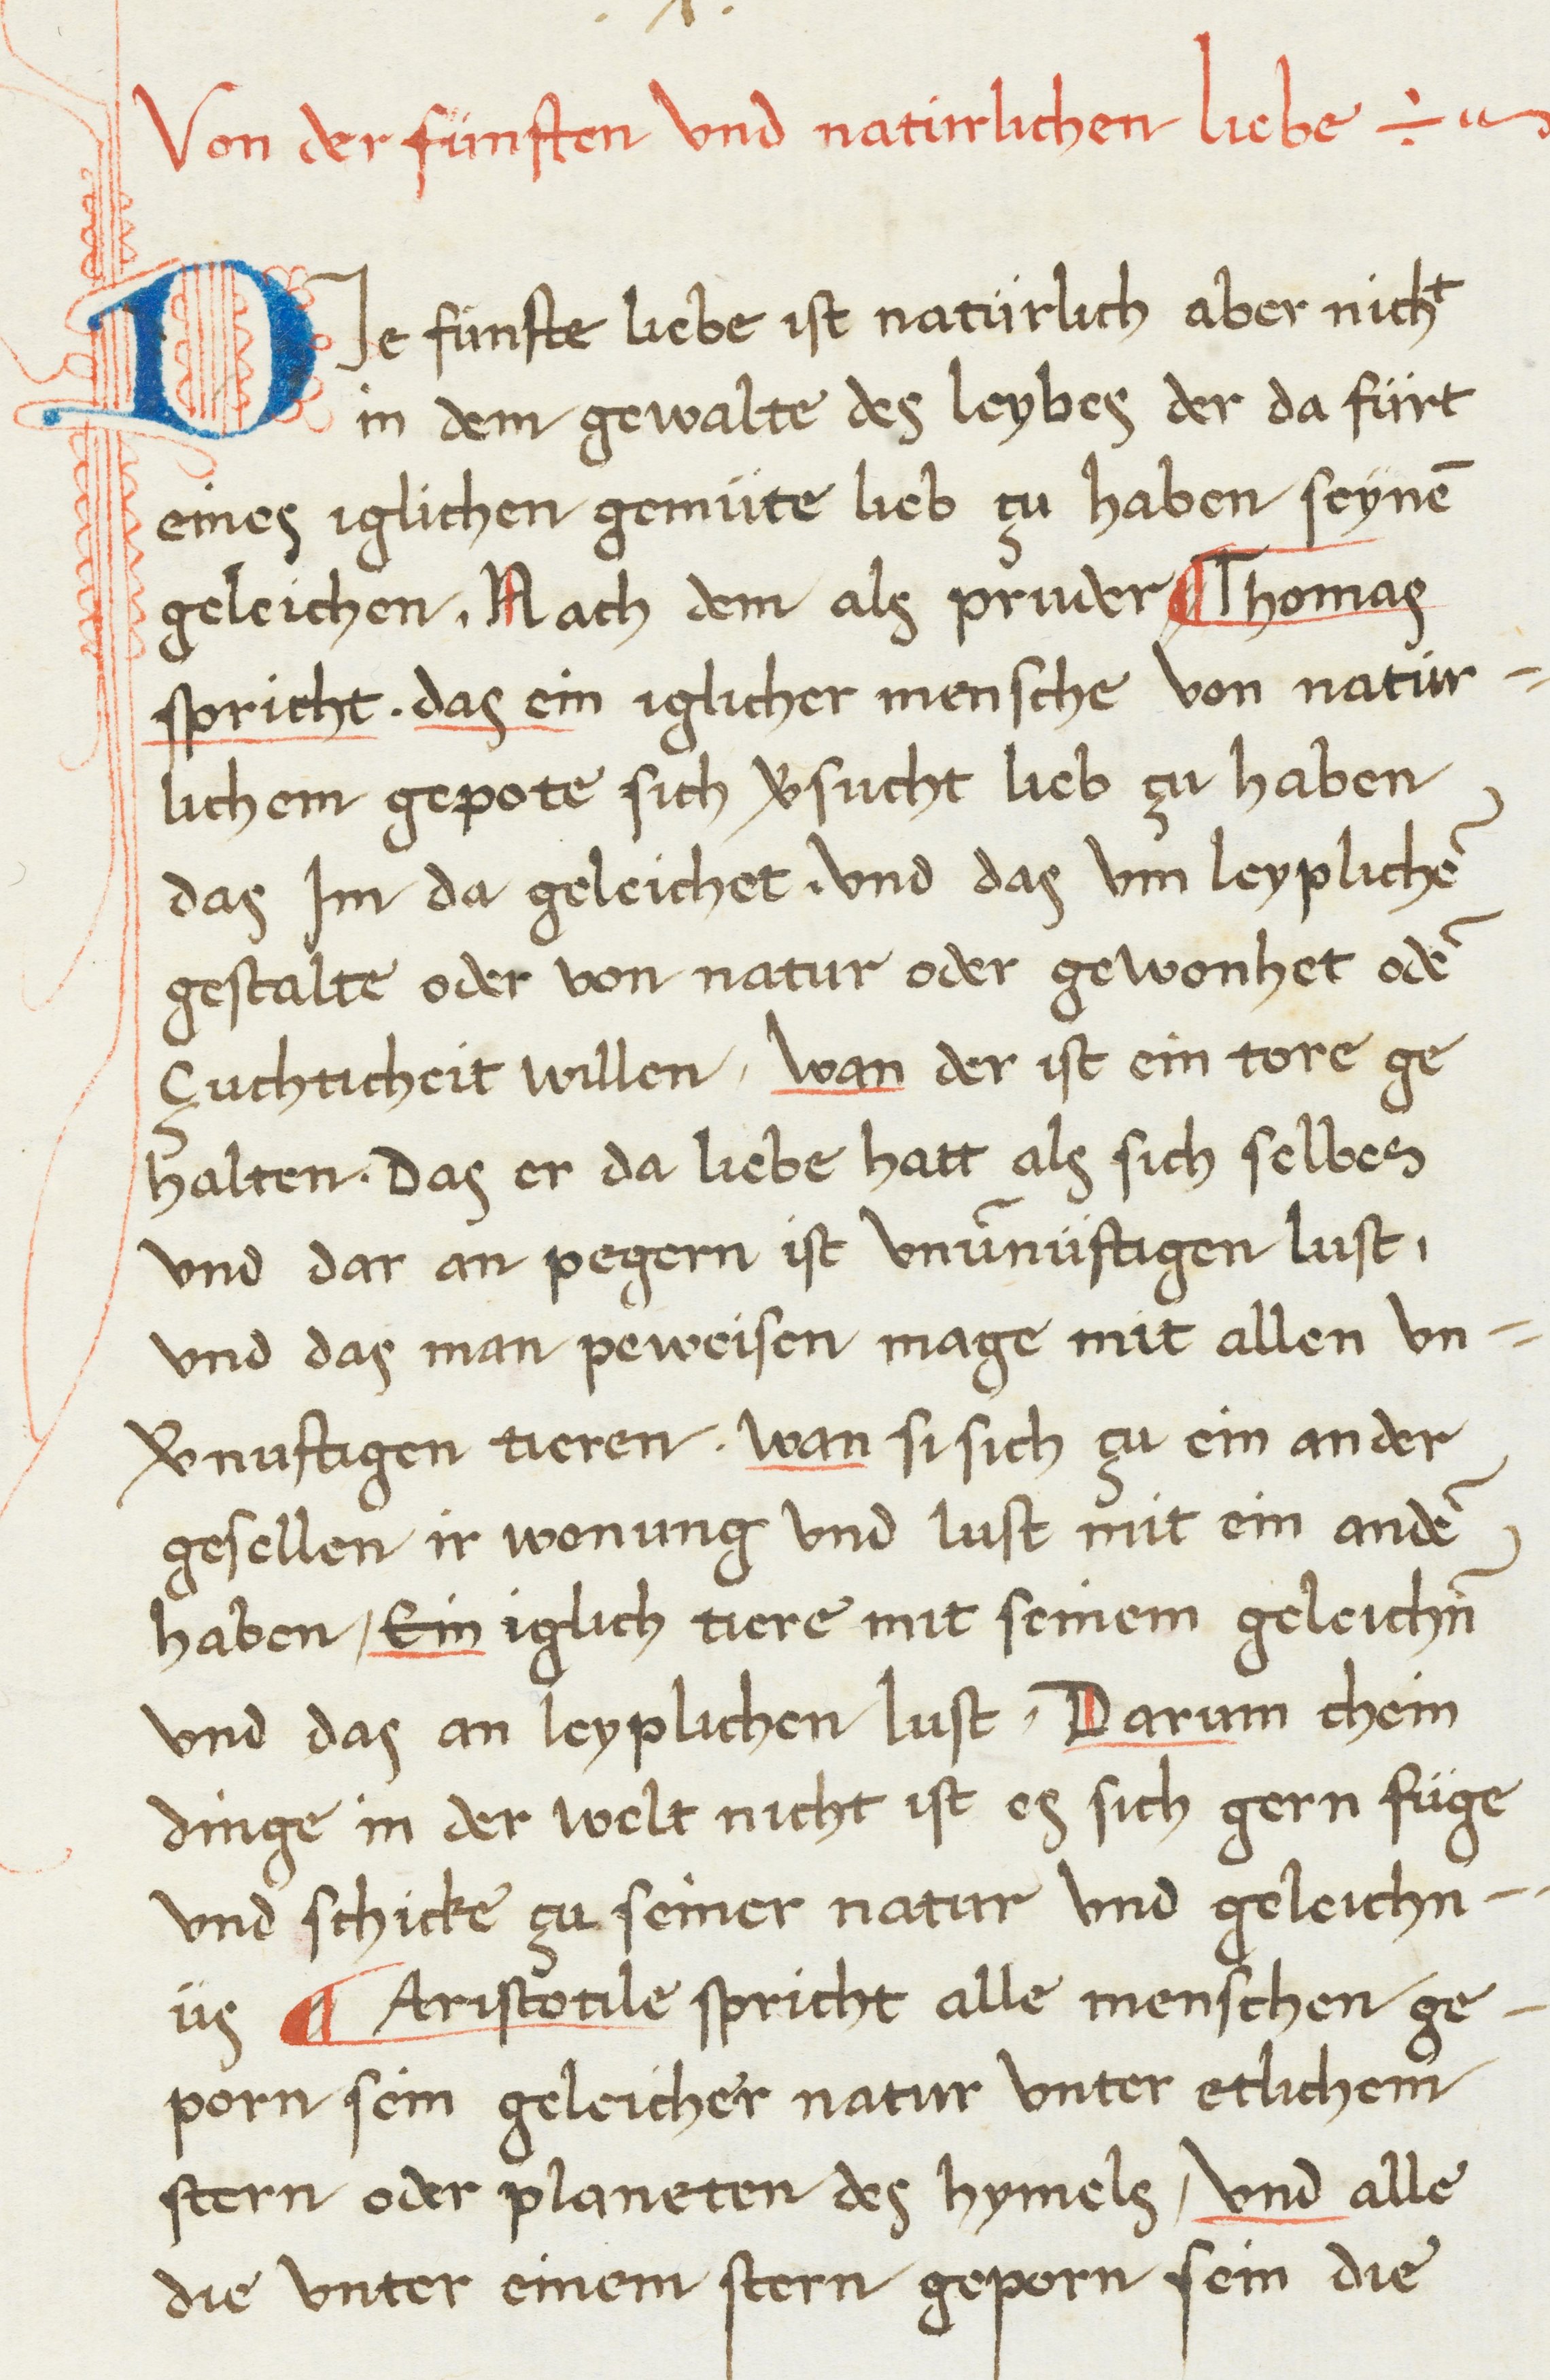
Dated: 1468–1468